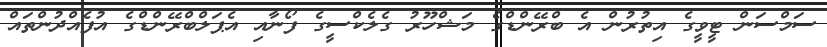
ސަމްސަން ޓީވީގެ އިތުރުން އެ ބްރޭންޑްގެ މަޝްހޫރު ގެލެކްސީގެ ފޯނާއި އެޕަލްބްރޭންޑްގެ އުފެއްދުންތައް